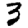
Digit: 3